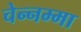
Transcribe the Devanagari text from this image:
चेन्‍नम्‍मा